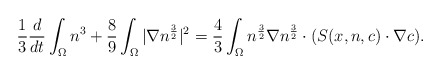
\begin{align*}\frac{1}{3}\frac{d}{dt}\int_{\Omega}n^{3}+\frac{8}{9}\int_{\Omega} |\nabla n^{\frac{3}{2}} |^{2}=\frac{4}{3}\int_{\Omega}n^{\frac{3}{2}}\nabla n^{\frac{3}{2}} \cdot( S(x,n,c) \cdot \nabla c ).\end{align*}